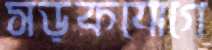
সড়কযোগে